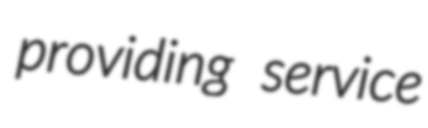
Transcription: providing service